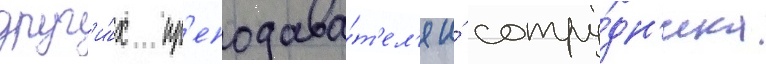
друг'и́х пр'еподава́т'ел'я и́ сотру́дн'ика